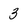
Character: 3